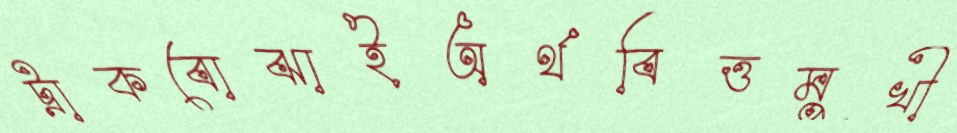
ট্রাকবোঝাইঅর্থবিত্তমুখী